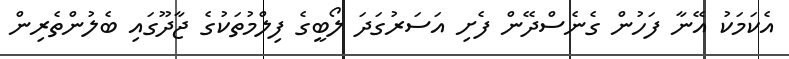
އެކަމަކު އޭނާ ފަހުން ގެނެސްދޭން ފެށި އަސަރުގަދަ ލޯބީގެ ފިލްމުތަކުގެ ޖާދޫގައި ބެލުންތެރިން